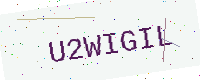
Text: U2WIGIL